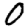
Digit: 0